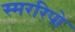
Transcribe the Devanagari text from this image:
स्मररिपो